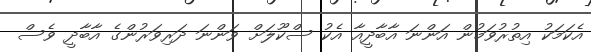
އެކަމަކު އިތުރުވަމުން އަންނަ އާބާދީއާ އެކު ސްކޫލަށް ވަންނަ ދަރިވަރުންގެ އާބާދީ ވެސް